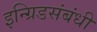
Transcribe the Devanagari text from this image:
इन्ग्रिडसंबंधी